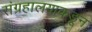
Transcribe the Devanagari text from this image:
संग्रहालयाकडून